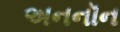
અનનૉન